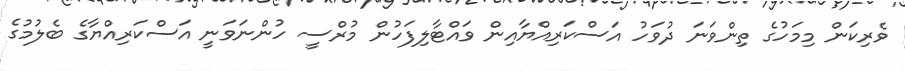
ވެރިކަން މިމަހުގެ ތިންވަނަ ދުވަހު އަސްކަރިއްޔާއިން ވައްޓާލިފަހުން މުރްސީ ހުންނަވަނީ އަސްކަރިއްޔާގެ ބެލުމުގެ